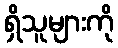
ရှိသူများကို